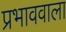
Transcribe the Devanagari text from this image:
प्रभाववाला